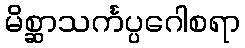
မိစ္ဆာသင်္ကပ္ပဂေါစရာ